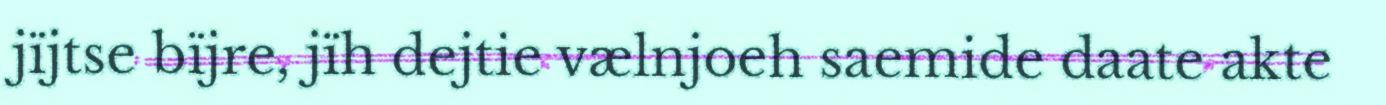
jïjtse bïjre, jïh dejtie vælnjoeh saemide daate akte